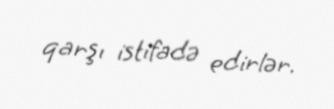
qarşı istifadə edirlər.